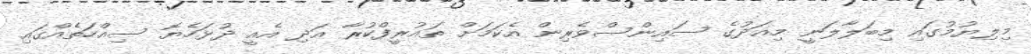
މިލިޔުމުގައި މިބަލާލަނީ މިއަދުގެ ސައިންސްވެރިން އެކަމަށް ތައުރީފްކުރާ އަދި އެއީ ދުޅަހެޔޮ ސިއްހަތެއްގައި